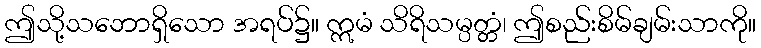
ဤသို့သဘောရှိသော အရပ်၌။ ဣမံ သိရိသမ္ပတ္တံ၊ ဤစည်းစိမ်ချမ်းသာကို။